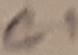
Text: C1